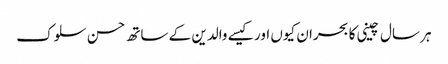
ہر سال چینی کا بحران کیوں اور کیسے	 والدین کے ساتھ حسن سلوک